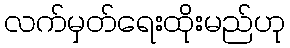
လက်မှတ်ရေးထိုးမည်ဟု